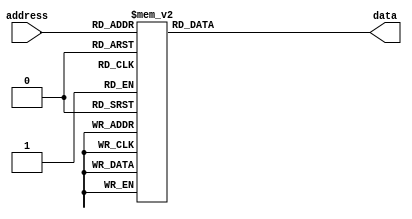
module sin_table_test1(
	input [8:0]address,
	output reg[7:0]data
   );
always @(*)
begin
    case(address)
        9'd0: data <= 8'd127;
        9'd1: data <= 8'd129;
        9'd2: data <= 8'd130;
        9'd3: data <= 8'd132;
        9'd4: data <= 8'd133;
        9'd5: data <= 8'd135;
        9'd6: data <= 8'd136;
        9'd7: data <= 8'd138;
        9'd8: data <= 8'd139;
        9'd9: data <= 8'd141;
        9'd10: data <= 8'd143;
        9'd11: data <= 8'd144;
        9'd12: data <= 8'd146;
        9'd13: data <= 8'd147;
        9'd14: data <= 8'd149;
        9'd15: data <= 8'd150;
        9'd16: data <= 8'd152;
        9'd17: data <= 8'd153;
        9'd18: data <= 8'd155;
        9'd19: data <= 8'd156;
        9'd20: data <= 8'd158;
        9'd21: data <= 8'd159;
        9'd22: data <= 8'd161;
        9'd23: data <= 8'd162;
        9'd24: data <= 8'd164;
        9'd25: data <= 8'd165;
        9'd26: data <= 8'd167;
        9'd27: data <= 8'd168;
        9'd28: data <= 8'd170;
        9'd29: data <= 8'd171;
        9'd30: data <= 8'd173;
        9'd31: data <= 8'd174;
        9'd32: data <= 8'd176;
        9'd33: data <= 8'd177;
        9'd34: data <= 8'd178;
        9'd35: data <= 8'd180;
        9'd36: data <= 8'd181;
        9'd37: data <= 8'd183;
        9'd38: data <= 8'd184;
        9'd39: data <= 8'd185;
        9'd40: data <= 8'd187;
        9'd41: data <= 8'd188;
        9'd42: data <= 8'd190;
        9'd43: data <= 8'd191;
        9'd44: data <= 8'd192;
        9'd45: data <= 8'd194;
        9'd46: data <= 8'd195;
        9'd47: data <= 8'd196;
        9'd48: data <= 8'd198;
        9'd49: data <= 8'd199;
        9'd50: data <= 8'd200;
        9'd51: data <= 8'd201;
        9'd52: data <= 8'd203;
        9'd53: data <= 8'd204;
        9'd54: data <= 8'd205;
        9'd55: data <= 8'd206;
        9'd56: data <= 8'd208;
        9'd57: data <= 8'd209;
        9'd58: data <= 8'd210;
        9'd59: data <= 8'd211;
        9'd60: data <= 8'd212;
        9'd61: data <= 8'd213;
        9'd62: data <= 8'd215;
        9'd63: data <= 8'd216;
        9'd64: data <= 8'd217;
        9'd65: data <= 8'd218;
        9'd66: data <= 8'd219;
        9'd67: data <= 8'd220;
        9'd68: data <= 8'd221;
        9'd69: data <= 8'd222;
        9'd70: data <= 8'd223;
        9'd71: data <= 8'd224;
        9'd72: data <= 8'd225;
        9'd73: data <= 8'd226;
        9'd74: data <= 8'd227;
        9'd75: data <= 8'd228;
        9'd76: data <= 8'd229;
        9'd77: data <= 8'd230;
        9'd78: data <= 8'd231;
        9'd79: data <= 8'd232;
        9'd80: data <= 8'd233;
        9'd81: data <= 8'd233;
        9'd82: data <= 8'd234;
        9'd83: data <= 8'd235;
        9'd84: data <= 8'd236;
        9'd85: data <= 8'd237;
        9'd86: data <= 8'd238;
        9'd87: data <= 8'd238;
        9'd88: data <= 8'd239;
        9'd89: data <= 8'd240;
        9'd90: data <= 8'd240;
        9'd91: data <= 8'd241;
        9'd92: data <= 8'd242;
        9'd93: data <= 8'd242;
        9'd94: data <= 8'd243;
        9'd95: data <= 8'd244;
        9'd96: data <= 8'd244;
        9'd97: data <= 8'd245;
        9'd98: data <= 8'd245;
        9'd99: data <= 8'd246;
        9'd100: data <= 8'd247;
        9'd101: data <= 8'd247;
        9'd102: data <= 8'd248;
        9'd103: data <= 8'd248;
        9'd104: data <= 8'd249;
        9'd105: data <= 8'd249;
        9'd106: data <= 8'd249;
        9'd107: data <= 8'd250;
        9'd108: data <= 8'd250;
        9'd109: data <= 8'd251;
        9'd110: data <= 8'd251;
        9'd111: data <= 8'd251;
        9'd112: data <= 8'd252;
        9'd113: data <= 8'd252;
        9'd114: data <= 8'd252;
        9'd115: data <= 8'd252;
        9'd116: data <= 8'd253;
        9'd117: data <= 8'd253;
        9'd118: data <= 8'd253;
        9'd119: data <= 8'd253;
        9'd120: data <= 8'd253;
        9'd121: data <= 8'd254;
        9'd122: data <= 8'd254;
        9'd123: data <= 8'd254;
        9'd124: data <= 8'd254;
        9'd125: data <= 8'd254;
        9'd126: data <= 8'd254;
        9'd127: data <= 8'd254;
        9'd128: data <= 8'd254;
        9'd129: data <= 8'd254;
        9'd130: data <= 8'd254;
        9'd131: data <= 8'd254;
        9'd132: data <= 8'd254;
        9'd133: data <= 8'd254;
        9'd134: data <= 8'd254;
        9'd135: data <= 8'd254;
        9'd136: data <= 8'd253;
        9'd137: data <= 8'd253;
        9'd138: data <= 8'd253;
        9'd139: data <= 8'd253;
        9'd140: data <= 8'd253;
        9'd141: data <= 8'd252;
        9'd142: data <= 8'd252;
        9'd143: data <= 8'd252;
        9'd144: data <= 8'd252;
        9'd145: data <= 8'd251;
        9'd146: data <= 8'd251;
        9'd147: data <= 8'd251;
        9'd148: data <= 8'd250;
        9'd149: data <= 8'd250;
        9'd150: data <= 8'd249;
        9'd151: data <= 8'd249;
        9'd152: data <= 8'd249;
        9'd153: data <= 8'd248;
        9'd154: data <= 8'd248;
        9'd155: data <= 8'd247;
        9'd156: data <= 8'd247;
        9'd157: data <= 8'd246;
        9'd158: data <= 8'd245;
        9'd159: data <= 8'd245;
        9'd160: data <= 8'd244;
        9'd161: data <= 8'd244;
        9'd162: data <= 8'd243;
        9'd163: data <= 8'd242;
        9'd164: data <= 8'd242;
        9'd165: data <= 8'd241;
        9'd166: data <= 8'd240;
        9'd167: data <= 8'd240;
        9'd168: data <= 8'd239;
        9'd169: data <= 8'd238;
        9'd170: data <= 8'd238;
        9'd171: data <= 8'd237;
        9'd172: data <= 8'd236;
        9'd173: data <= 8'd235;
        9'd174: data <= 8'd234;
        9'd175: data <= 8'd233;
        9'd176: data <= 8'd233;
        9'd177: data <= 8'd232;
        9'd178: data <= 8'd231;
        9'd179: data <= 8'd230;
        9'd180: data <= 8'd229;
        9'd181: data <= 8'd228;
        9'd182: data <= 8'd227;
        9'd183: data <= 8'd226;
        9'd184: data <= 8'd225;
        9'd185: data <= 8'd224;
        9'd186: data <= 8'd223;
        9'd187: data <= 8'd222;
        9'd188: data <= 8'd221;
        9'd189: data <= 8'd220;
        9'd190: data <= 8'd219;
        9'd191: data <= 8'd218;
        9'd192: data <= 8'd217;
        9'd193: data <= 8'd216;
        9'd194: data <= 8'd215;
        9'd195: data <= 8'd213;
        9'd196: data <= 8'd212;
        9'd197: data <= 8'd211;
        9'd198: data <= 8'd210;
        9'd199: data <= 8'd209;
        9'd200: data <= 8'd208;
        9'd201: data <= 8'd206;
        9'd202: data <= 8'd205;
        9'd203: data <= 8'd204;
        9'd204: data <= 8'd203;
        9'd205: data <= 8'd201;
        9'd206: data <= 8'd200;
        9'd207: data <= 8'd199;
        9'd208: data <= 8'd198;
        9'd209: data <= 8'd196;
        9'd210: data <= 8'd195;
        9'd211: data <= 8'd194;
        9'd212: data <= 8'd192;
        9'd213: data <= 8'd191;
        9'd214: data <= 8'd190;
        9'd215: data <= 8'd188;
        9'd216: data <= 8'd187;
        9'd217: data <= 8'd185;
        9'd218: data <= 8'd184;
        9'd219: data <= 8'd183;
        9'd220: data <= 8'd181;
        9'd221: data <= 8'd180;
        9'd222: data <= 8'd178;
        9'd223: data <= 8'd177;
        9'd224: data <= 8'd176;
        9'd225: data <= 8'd174;
        9'd226: data <= 8'd173;
        9'd227: data <= 8'd171;
        9'd228: data <= 8'd170;
        9'd229: data <= 8'd168;
        9'd230: data <= 8'd167;
        9'd231: data <= 8'd165;
        9'd232: data <= 8'd164;
        9'd233: data <= 8'd162;
        9'd234: data <= 8'd161;
        9'd235: data <= 8'd159;
        9'd236: data <= 8'd158;
        9'd237: data <= 8'd156;
        9'd238: data <= 8'd155;
        9'd239: data <= 8'd153;
        9'd240: data <= 8'd152;
        9'd241: data <= 8'd150;
        9'd242: data <= 8'd149;
        9'd243: data <= 8'd147;
        9'd244: data <= 8'd146;
        9'd245: data <= 8'd144;
        9'd246: data <= 8'd143;
        9'd247: data <= 8'd141;
        9'd248: data <= 8'd139;
        9'd249: data <= 8'd138;
        9'd250: data <= 8'd136;
        9'd251: data <= 8'd135;
        9'd252: data <= 8'd133;
        9'd253: data <= 8'd132;
        9'd254: data <= 8'd130;
        9'd255: data <= 8'd129;
        9'd256: data <= 8'd127;
        9'd257: data <= 8'd125;
        9'd258: data <= 8'd124;
        9'd259: data <= 8'd122;
        9'd260: data <= 8'd121;
        9'd261: data <= 8'd119;
        9'd262: data <= 8'd118;
        9'd263: data <= 8'd116;
        9'd264: data <= 8'd115;
        9'd265: data <= 8'd113;
        9'd266: data <= 8'd111;
        9'd267: data <= 8'd110;
        9'd268: data <= 8'd108;
        9'd269: data <= 8'd107;
        9'd270: data <= 8'd105;
        9'd271: data <= 8'd104;
        9'd272: data <= 8'd102;
        9'd273: data <= 8'd101;
        9'd274: data <= 8'd99;
        9'd275: data <= 8'd98;
        9'd276: data <= 8'd96;
        9'd277: data <= 8'd95;
        9'd278: data <= 8'd93;
        9'd279: data <= 8'd92;
        9'd280: data <= 8'd90;
        9'd281: data <= 8'd89;
        9'd282: data <= 8'd87;
        9'd283: data <= 8'd86;
        9'd284: data <= 8'd84;
        9'd285: data <= 8'd83;
        9'd286: data <= 8'd81;
        9'd287: data <= 8'd80;
        9'd288: data <= 8'd78;
        9'd289: data <= 8'd77;
        9'd290: data <= 8'd76;
        9'd291: data <= 8'd74;
        9'd292: data <= 8'd73;
        9'd293: data <= 8'd71;
        9'd294: data <= 8'd70;
        9'd295: data <= 8'd69;
        9'd296: data <= 8'd67;
        9'd297: data <= 8'd66;
        9'd298: data <= 8'd64;
        9'd299: data <= 8'd63;
        9'd300: data <= 8'd62;
        9'd301: data <= 8'd60;
        9'd302: data <= 8'd59;
        9'd303: data <= 8'd58;
        9'd304: data <= 8'd56;
        9'd305: data <= 8'd55;
        9'd306: data <= 8'd54;
        9'd307: data <= 8'd53;
        9'd308: data <= 8'd51;
        9'd309: data <= 8'd50;
        9'd310: data <= 8'd49;
        9'd311: data <= 8'd48;
        9'd312: data <= 8'd46;
        9'd313: data <= 8'd45;
        9'd314: data <= 8'd44;
        9'd315: data <= 8'd43;
        9'd316: data <= 8'd42;
        9'd317: data <= 8'd41;
        9'd318: data <= 8'd39;
        9'd319: data <= 8'd38;
        9'd320: data <= 8'd37;
        9'd321: data <= 8'd36;
        9'd322: data <= 8'd35;
        9'd323: data <= 8'd34;
        9'd324: data <= 8'd33;
        9'd325: data <= 8'd32;
        9'd326: data <= 8'd31;
        9'd327: data <= 8'd30;
        9'd328: data <= 8'd29;
        9'd329: data <= 8'd28;
        9'd330: data <= 8'd27;
        9'd331: data <= 8'd26;
        9'd332: data <= 8'd25;
        9'd333: data <= 8'd24;
        9'd334: data <= 8'd23;
        9'd335: data <= 8'd22;
        9'd336: data <= 8'd21;
        9'd337: data <= 8'd21;
        9'd338: data <= 8'd20;
        9'd339: data <= 8'd19;
        9'd340: data <= 8'd18;
        9'd341: data <= 8'd17;
        9'd342: data <= 8'd16;
        9'd343: data <= 8'd16;
        9'd344: data <= 8'd15;
        9'd345: data <= 8'd14;
        9'd346: data <= 8'd14;
        9'd347: data <= 8'd13;
        9'd348: data <= 8'd12;
        9'd349: data <= 8'd12;
        9'd350: data <= 8'd11;
        9'd351: data <= 8'd10;
        9'd352: data <= 8'd10;
        9'd353: data <= 8'd9;
        9'd354: data <= 8'd9;
        9'd355: data <= 8'd8;
        9'd356: data <= 8'd7;
        9'd357: data <= 8'd7;
        9'd358: data <= 8'd6;
        9'd359: data <= 8'd6;
        9'd360: data <= 8'd5;
        9'd361: data <= 8'd5;
        9'd362: data <= 8'd5;
        9'd363: data <= 8'd4;
        9'd364: data <= 8'd4;
        9'd365: data <= 8'd3;
        9'd366: data <= 8'd3;
        9'd367: data <= 8'd3;
        9'd368: data <= 8'd2;
        9'd369: data <= 8'd2;
        9'd370: data <= 8'd2;
        9'd371: data <= 8'd2;
        9'd372: data <= 8'd1;
        9'd373: data <= 8'd1;
        9'd374: data <= 8'd1;
        9'd375: data <= 8'd1;
        9'd376: data <= 8'd1;
        9'd377: data <= 8'd0;
        9'd378: data <= 8'd0;
        9'd379: data <= 8'd0;
        9'd380: data <= 8'd0;
        9'd381: data <= 8'd0;
        9'd382: data <= 8'd0;
        9'd383: data <= 8'd0;
        9'd384: data <= 8'd0;
        9'd385: data <= 8'd0;
        9'd386: data <= 8'd0;
        9'd387: data <= 8'd0;
        9'd388: data <= 8'd0;
        9'd389: data <= 8'd0;
        9'd390: data <= 8'd0;
        9'd391: data <= 8'd0;
        9'd392: data <= 8'd1;
        9'd393: data <= 8'd1;
        9'd394: data <= 8'd1;
        9'd395: data <= 8'd1;
        9'd396: data <= 8'd1;
        9'd397: data <= 8'd2;
        9'd398: data <= 8'd2;
        9'd399: data <= 8'd2;
        9'd400: data <= 8'd2;
        9'd401: data <= 8'd3;
        9'd402: data <= 8'd3;
        9'd403: data <= 8'd3;
        9'd404: data <= 8'd4;
        9'd405: data <= 8'd4;
        9'd406: data <= 8'd5;
        9'd407: data <= 8'd5;
        9'd408: data <= 8'd5;
        9'd409: data <= 8'd6;
        9'd410: data <= 8'd6;
        9'd411: data <= 8'd7;
        9'd412: data <= 8'd7;
        9'd413: data <= 8'd8;
        9'd414: data <= 8'd9;
        9'd415: data <= 8'd9;
        9'd416: data <= 8'd10;
        9'd417: data <= 8'd10;
        9'd418: data <= 8'd11;
        9'd419: data <= 8'd12;
        9'd420: data <= 8'd12;
        9'd421: data <= 8'd13;
        9'd422: data <= 8'd14;
        9'd423: data <= 8'd14;
        9'd424: data <= 8'd15;
        9'd425: data <= 8'd16;
        9'd426: data <= 8'd16;
        9'd427: data <= 8'd17;
        9'd428: data <= 8'd18;
        9'd429: data <= 8'd19;
        9'd430: data <= 8'd20;
        9'd431: data <= 8'd21;
        9'd432: data <= 8'd21;
        9'd433: data <= 8'd22;
        9'd434: data <= 8'd23;
        9'd435: data <= 8'd24;
        9'd436: data <= 8'd25;
        9'd437: data <= 8'd26;
        9'd438: data <= 8'd27;
        9'd439: data <= 8'd28;
        9'd440: data <= 8'd29;
        9'd441: data <= 8'd30;
        9'd442: data <= 8'd31;
        9'd443: data <= 8'd32;
        9'd444: data <= 8'd33;
        9'd445: data <= 8'd34;
        9'd446: data <= 8'd35;
        9'd447: data <= 8'd36;
        9'd448: data <= 8'd37;
        9'd449: data <= 8'd38;
        9'd450: data <= 8'd39;
        9'd451: data <= 8'd41;
        9'd452: data <= 8'd42;
        9'd453: data <= 8'd43;
        9'd454: data <= 8'd44;
        9'd455: data <= 8'd45;
        9'd456: data <= 8'd46;
        9'd457: data <= 8'd48;
        9'd458: data <= 8'd49;
        9'd459: data <= 8'd50;
        9'd460: data <= 8'd51;
        9'd461: data <= 8'd53;
        9'd462: data <= 8'd54;
        9'd463: data <= 8'd55;
        9'd464: data <= 8'd56;
        9'd465: data <= 8'd58;
        9'd466: data <= 8'd59;
        9'd467: data <= 8'd60;
        9'd468: data <= 8'd62;
        9'd469: data <= 8'd63;
        9'd470: data <= 8'd64;
        9'd471: data <= 8'd66;
        9'd472: data <= 8'd67;
        9'd473: data <= 8'd69;
        9'd474: data <= 8'd70;
        9'd475: data <= 8'd71;
        9'd476: data <= 8'd73;
        9'd477: data <= 8'd74;
        9'd478: data <= 8'd76;
        9'd479: data <= 8'd77;
        9'd480: data <= 8'd78;
        9'd481: data <= 8'd80;
        9'd482: data <= 8'd81;
        9'd483: data <= 8'd83;
        9'd484: data <= 8'd84;
        9'd485: data <= 8'd86;
        9'd486: data <= 8'd87;
        9'd487: data <= 8'd89;
        9'd488: data <= 8'd90;
        9'd489: data <= 8'd92;
        9'd490: data <= 8'd93;
        9'd491: data <= 8'd95;
        9'd492: data <= 8'd96;
        9'd493: data <= 8'd98;
        9'd494: data <= 8'd99;
        9'd495: data <= 8'd101;
        9'd496: data <= 8'd102;
        9'd497: data <= 8'd104;
        9'd498: data <= 8'd105;
        9'd499: data <= 8'd107;
        9'd500: data <= 8'd108;
        9'd501: data <= 8'd110;
        9'd502: data <= 8'd111;
        9'd503: data <= 8'd113;
        9'd504: data <= 8'd115;
        9'd505: data <= 8'd116;
        9'd506: data <= 8'd118;
        9'd507: data <= 8'd119;
        9'd508: data <= 8'd121;
        9'd509: data <= 8'd122;
        9'd510: data <= 8'd124;
        9'd511: data <= 8'd125;
    endcase
end
endmodule